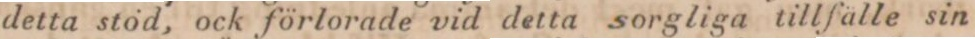
detta stöd, ock förlorade vid detta sorgliga tillfälle sin